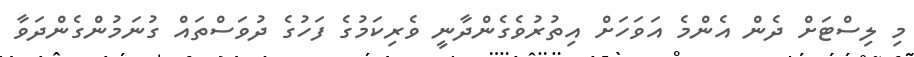
މި ލިސްޓަަށް ދެން އެންމެ އަވަހަށް އިތުރުވެގެންދާނީ ވެރިކަމުގެ ފަހުގެ ދުވަސްތައް ގުނަމުންގެންދަވާ